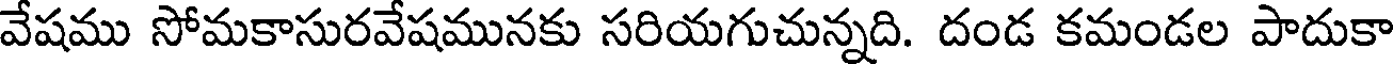
వేషము సోమకాసురవేషమునకు సరియగుచున్నది. దండ కమండల పాదుకా